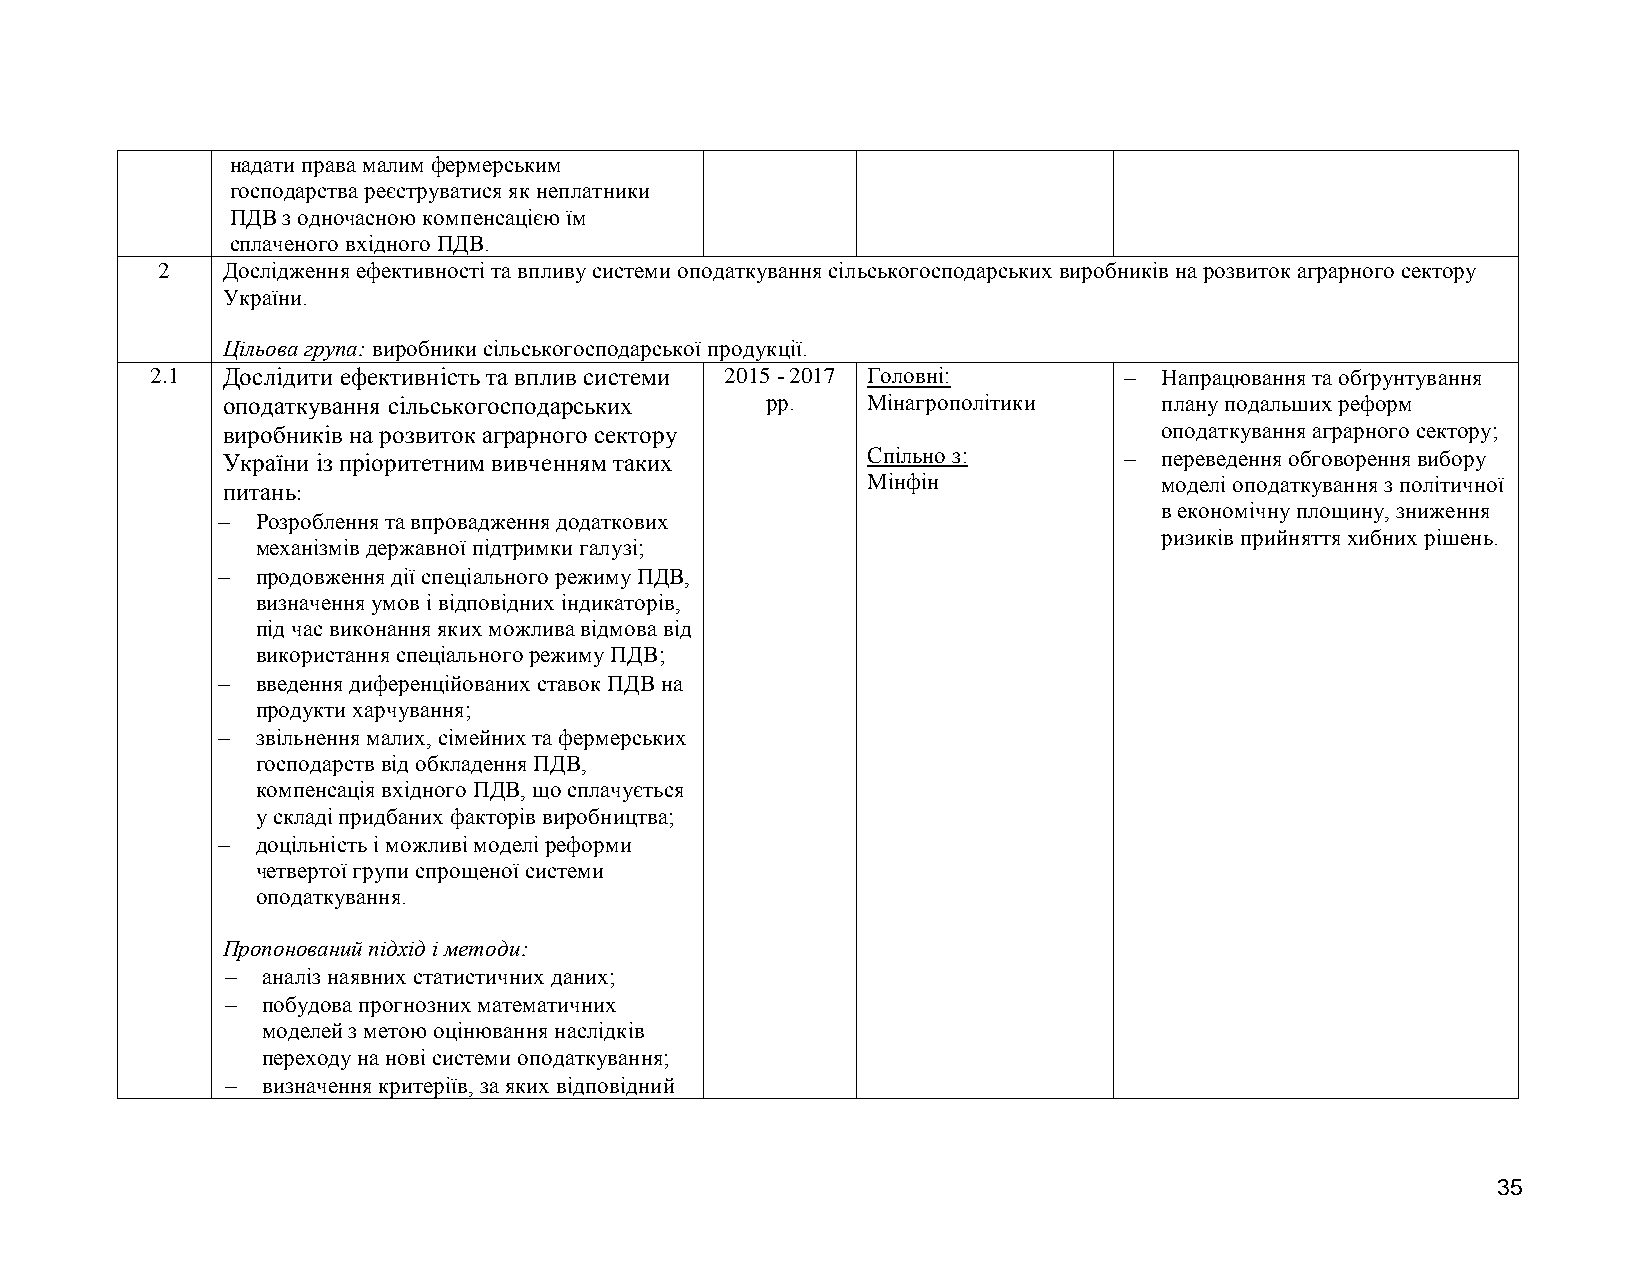
надати права малим фермерським
 господарства реєструватися як неплатники
 ПДВ з одночасною компенсацією їм
 сплаченого вхідного ПДВ.
 2    Дослідження ефективності та впливу системи оподаткування сільськогосподарських виробників на розвиток аграрного сектору
 України.
 Цільова група: виробники сільськогосподарської продукції.
 2.1  Дослідити ефективність та вплив системи 2015 - 2017 Головні:  Напрацювання та обґрунтування
 оподаткування сільськогосподарських рр.   Мінагрополітики     плану подальших реформ
 виробників на розвиток аграрного сектору                      оподаткування аграрного сектору;
 України із пріоритетним вивченням таких   Спільно з:         переведення обговорення вибору
 Мінфін              моделі оподаткування з політичної
 питань:
 в економічну площину, зниження
   Розроблення та впровадження додаткових
 ризиків прийняття хибних рішень.
 механізмів державної підтримки галузі;
   продовження дії спеціального режиму ПДВ,
 визначення умов і відповідних індикаторів,
 під час виконання яких можлива відмова від
 використання спеціального режиму ПДВ;
   введення диференційованих ставок ПДВ на
 продукти харчування;
   звільнення малих, сімейних та фермерських
 господарств від обкладення ПДВ,
 компенсація вхідного ПДВ, що сплачується
 у складі придбаних факторів виробництва;
   доцільність і можливі моделі реформи
 четвертої групи спрощеної системи
 оподаткування.
 Пропонований підхід і методи:
  аналіз наявних статистичних даних;
  побудова прогнозних математичних
 моделей з метою оцінювання наслідків
 переходу на нові системи оподаткування;
  визначення критеріїв, за яких відповідний
 35